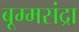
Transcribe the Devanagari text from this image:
बूम्मसंद्रा